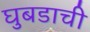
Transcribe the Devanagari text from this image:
घुबडाची